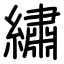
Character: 繡